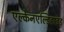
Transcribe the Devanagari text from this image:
एल्केनएल्डिहाइड